Madras plague regulations in force outside the Presidency town - Volume 1
Disease focus: Plague
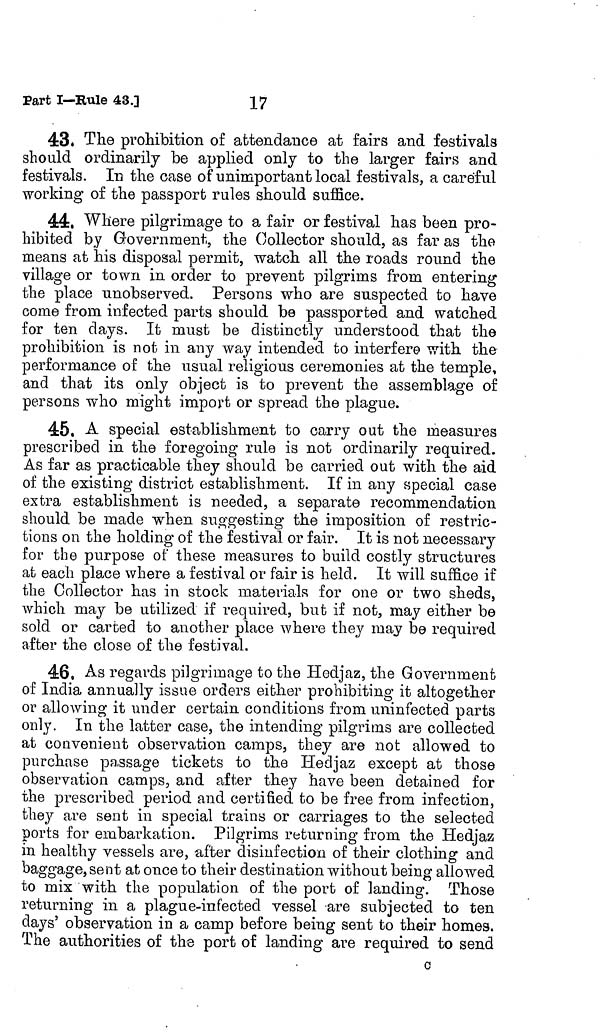
17
Part I—Rule 43.]
43. The prohibition of attendance at fairs and festivals
should ordinarily be applied only to the larger fairs and
festivals. In the case of unimportant local festivals, a careful
working of the passport rules should suffice.
44. Where pilgrimage to a fair or festival has been pro-
hibited by Government, the Collector should, as far as the
means at his disposal permit, watch all the roads round the
village or town in order to prevent pilgrims from entering
the place unobserved. Persons who are suspected to have
come from infected parts should be passported and watched
for ten days. It must be distinctly understood that the
prohibition is not in any way intended to interfere with the
performance of the usual religious ceremonies at the temple,
and that its only object is to prevent the assemblage of
persons who might import or spread the plague.
45. A special establishment to carry out the measures
prescribed in the foregoing rule is not ordinarily required.
As far as practicable they should be carried out with the aid
of the existing district establishment. If in any special case
extra establishment is needed, a separate recommendation
should be made when suggesting the imposition of restric-
tions on the holding of the festival or fair. It is not necessary
for the purpose of these measures to build costly structures
at each place where a festival or fair is held. It will suffice if
the Collector has in stock materials for one or two sheds,
which may be utilized if required, but if not, may either be
sold or carted to another place where they may be required
after the close of the festival.
46. As regards pilgrimage to the Hedjaz, the Government
of India annually issue orders either prohibiting it altogether
or allowing it under certain conditions from uninfected parts
only. In the latter case, the intending pilgrims are collected
at convenient observation camps, they are not allowed to
purchase passage tickets to the Hecljaz except at those
observation camps, and after they have been detained for
the prescribed period and certified to be free from infection,
they are sent in special trains or carriages to the selected
ports for embarkation. Pilgrims returning from, the Hedjaz
in healthy vessels are, after disinfection of their clothing and
baggage, sent at once to their destination without being allowed
to mix with the population of the port of landing. Those
returning in a plague-infected vessel are subjected to ten
days' observation in a camp before being sent to their homes.
The authorities of the port of landing are required to send
c